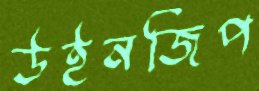
উইনজিপ